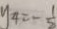
y _ { 4 } = - \frac { 1 } { 5 }